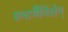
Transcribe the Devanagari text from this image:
एनार्गैनिशेन्